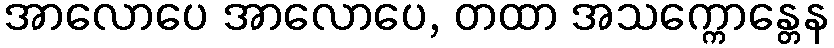
အာလောပေ အာလောပေ, တထာ အသက္ကောန္တေန